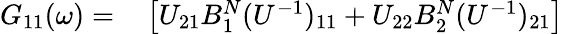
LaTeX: \begin{array}{rl}{G_{11}(\omega)=}&{{}\left[U_{21}B_{1}^{N}(U^{-1})_{11}+U_{22}B_{2}^{N}(U^{-1})_{21}\right]}\end{array}